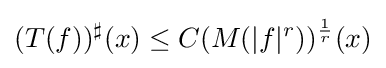
(T(f))^{\sharp }(x)\leq C(M(|f|^{r}))^{\frac {1}{r}}(x)